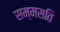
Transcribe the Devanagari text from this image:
सम्मसति